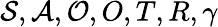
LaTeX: \mathcal{S},\mathcal{A},\mathcal{O},O,T,R,\gamma